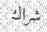
شراك